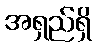
အရှည်ရှိ